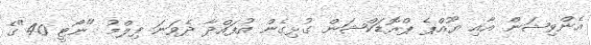
އެންވިޝަން އާއި ޔޫއްޕެ ޕްރޮޑަކްޝަން ގުޅިގެން އުފައްދާ ދެވަނަ ފިލްމު "ނޯޓީ 40"ގެ